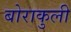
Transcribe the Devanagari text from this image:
बोराकुली